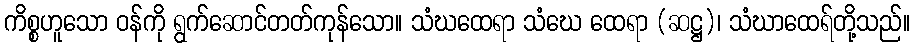
ကိစ္စဟူသော ဝန်ကို ရွက်ဆောင်တတ်ကုန်သော။ သံဃထေရာ သံဃေ ထေရာ (ဆဋ္ဌ)၊ သံဃာထေရ်တို့သည်။